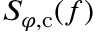
S _ { \varphi , \mathrm { c } } ( f )